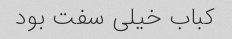
کباب خیلی سفت بود